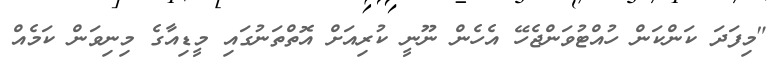
"މިފަދަ ކަންކަން ހުއްޓުވަންޖެހޭ އެހެން ނޫނީ ކުރިއަށް އޮތްތަނުގައި މީޑިއާގެ މިނިވަން ކަމެއް